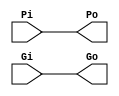
`timescale 1ns / 1ps
module BUFFER(
	input Pi,
	input Gi,
	output Po,
	output Go
    );
	 
assign #0.1 Po = Pi;
assign #0.1 Go = Gi;

endmodule